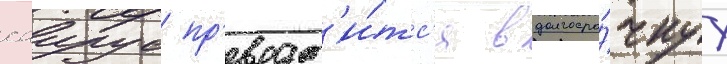
саирус пр'еврат'и́тс'я в долгосро́чнуу